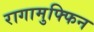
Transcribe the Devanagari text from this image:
रागामुफ्फिन